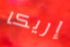
إريكا